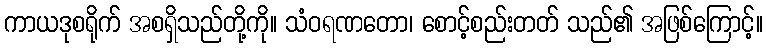
ကာယဒုစရိုက် အစရှိသည်တို့ကို။ သံဝရဏတော၊ စောင့်စည်းတတ် သည်၏ အဖြစ်ကြောင့်။